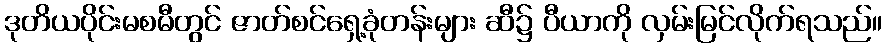
ဒုတိယပိုင်းမစမီတွင် ဇာတ်စင်ရှေ့ခုံတန်းများ ဆီ၌ ပီယာကို လှမ်းမြင်လိုက်ရသည်။